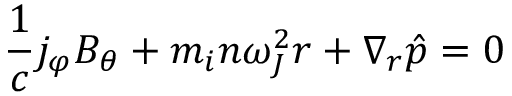
\frac { 1 } { c } j _ { \varphi } B _ { \theta } + m _ { i } n \omega _ { J } ^ { 2 } r + \nabla _ { r } \hat { p } = 0